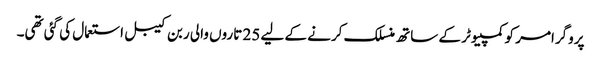
پروگرامر کو کمپیوٹر کے ساتھ منسلک کرنے کے لیے 25 تاروں والی ربن کیبل استعمال کی گئی تھی۔